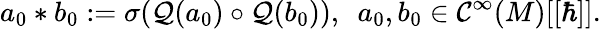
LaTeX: a_{0}*b_{0}:=\sigma(\mathcal{Q}(a_{0})\circ\mathcal{Q}(b_{0})),\ \ a_{0},b_{0}\in\mathcal{C}^{\infty}(M)[[\hbar]].